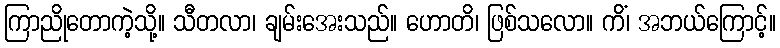
ကြာညိုတောကဲ့သို့။ သီတလာ၊ ချမ်းအေးသည်။ ဟောတိ၊ ဖြစ်သလော။ ကိံ၊ အဘယ်ကြောင့်။